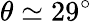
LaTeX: \theta\simeq 29^{\circ}